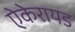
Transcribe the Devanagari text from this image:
ऐकेरायड